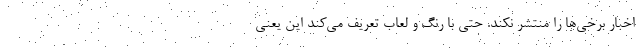
اخبار برخی‌ها را منتشر نکند. حتی با رنگ و لعاب تعریف می‌کند این یعنی